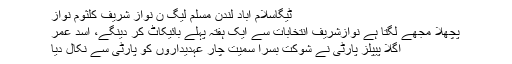
ٹیگاسلام آباد لندن مسلم لیگ ن نواز شریف کلثوم نواز
پچھلا مجھے لگتا ہے نوازشریف انتخابات سے ایک ہفتہ پہلے بائیکاٹ کر دینگے، اسد عمر
اگلا پیپلز پارٹی نے شوکت بسرا سمیت چار عہدیداروں کو پارٹی سے نکال دیا